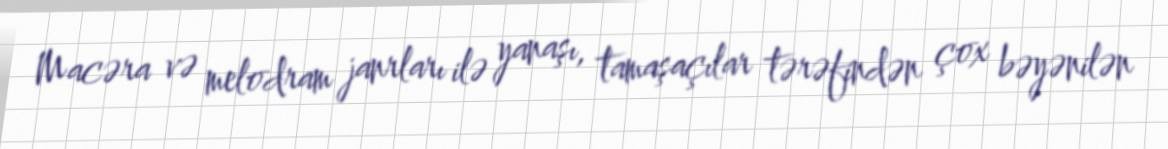
Macəra və melodram janrları ilə yanaşı, tamaşaçılar tərəfindən çox bəyənilən